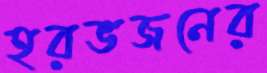
হরভজনের